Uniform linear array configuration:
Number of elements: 8
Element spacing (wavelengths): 1
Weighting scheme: blackman
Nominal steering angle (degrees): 60
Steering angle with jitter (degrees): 61.65
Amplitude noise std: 0.05
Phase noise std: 0.05

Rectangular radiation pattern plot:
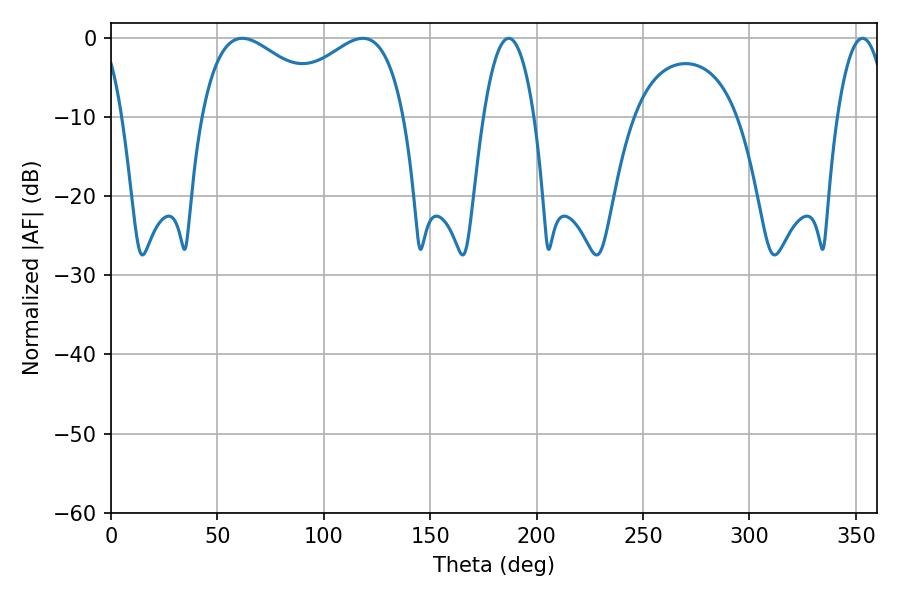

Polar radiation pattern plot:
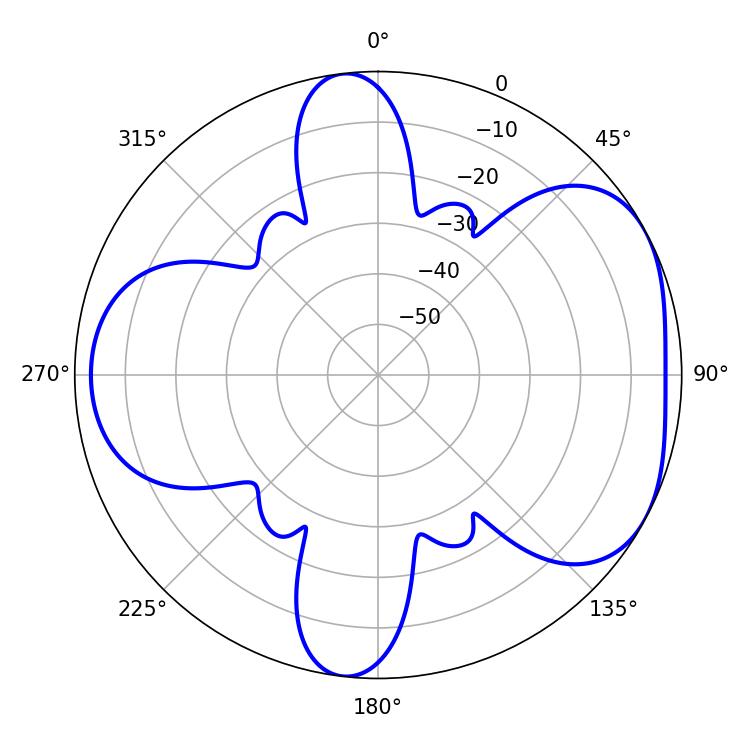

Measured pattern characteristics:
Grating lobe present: TRUE
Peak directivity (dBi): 4.875
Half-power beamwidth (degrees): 35.1
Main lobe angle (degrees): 61.74